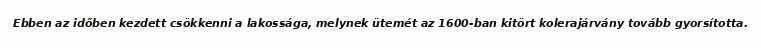
Ebben az időben kezdett csökkenni a lakossága, melynek ütemét az 1600-ban kitört kolerajárvány tovább gyorsította.